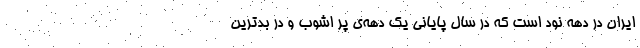
ایران در دهه نود است که در سال پایانی یک دهه‌ی پر اشوب و در بدترین